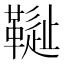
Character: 𩌳